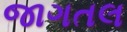
જાગતલ